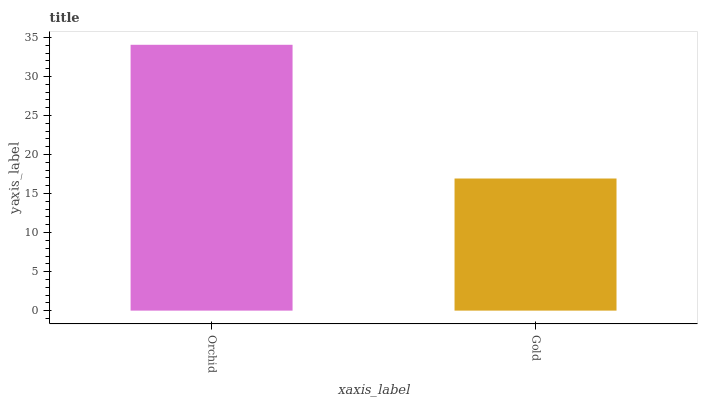
| xaxis_label | bars |
 | --- | --- |
 | Orchid | 34.1 |
 | Gold | 16.9 |